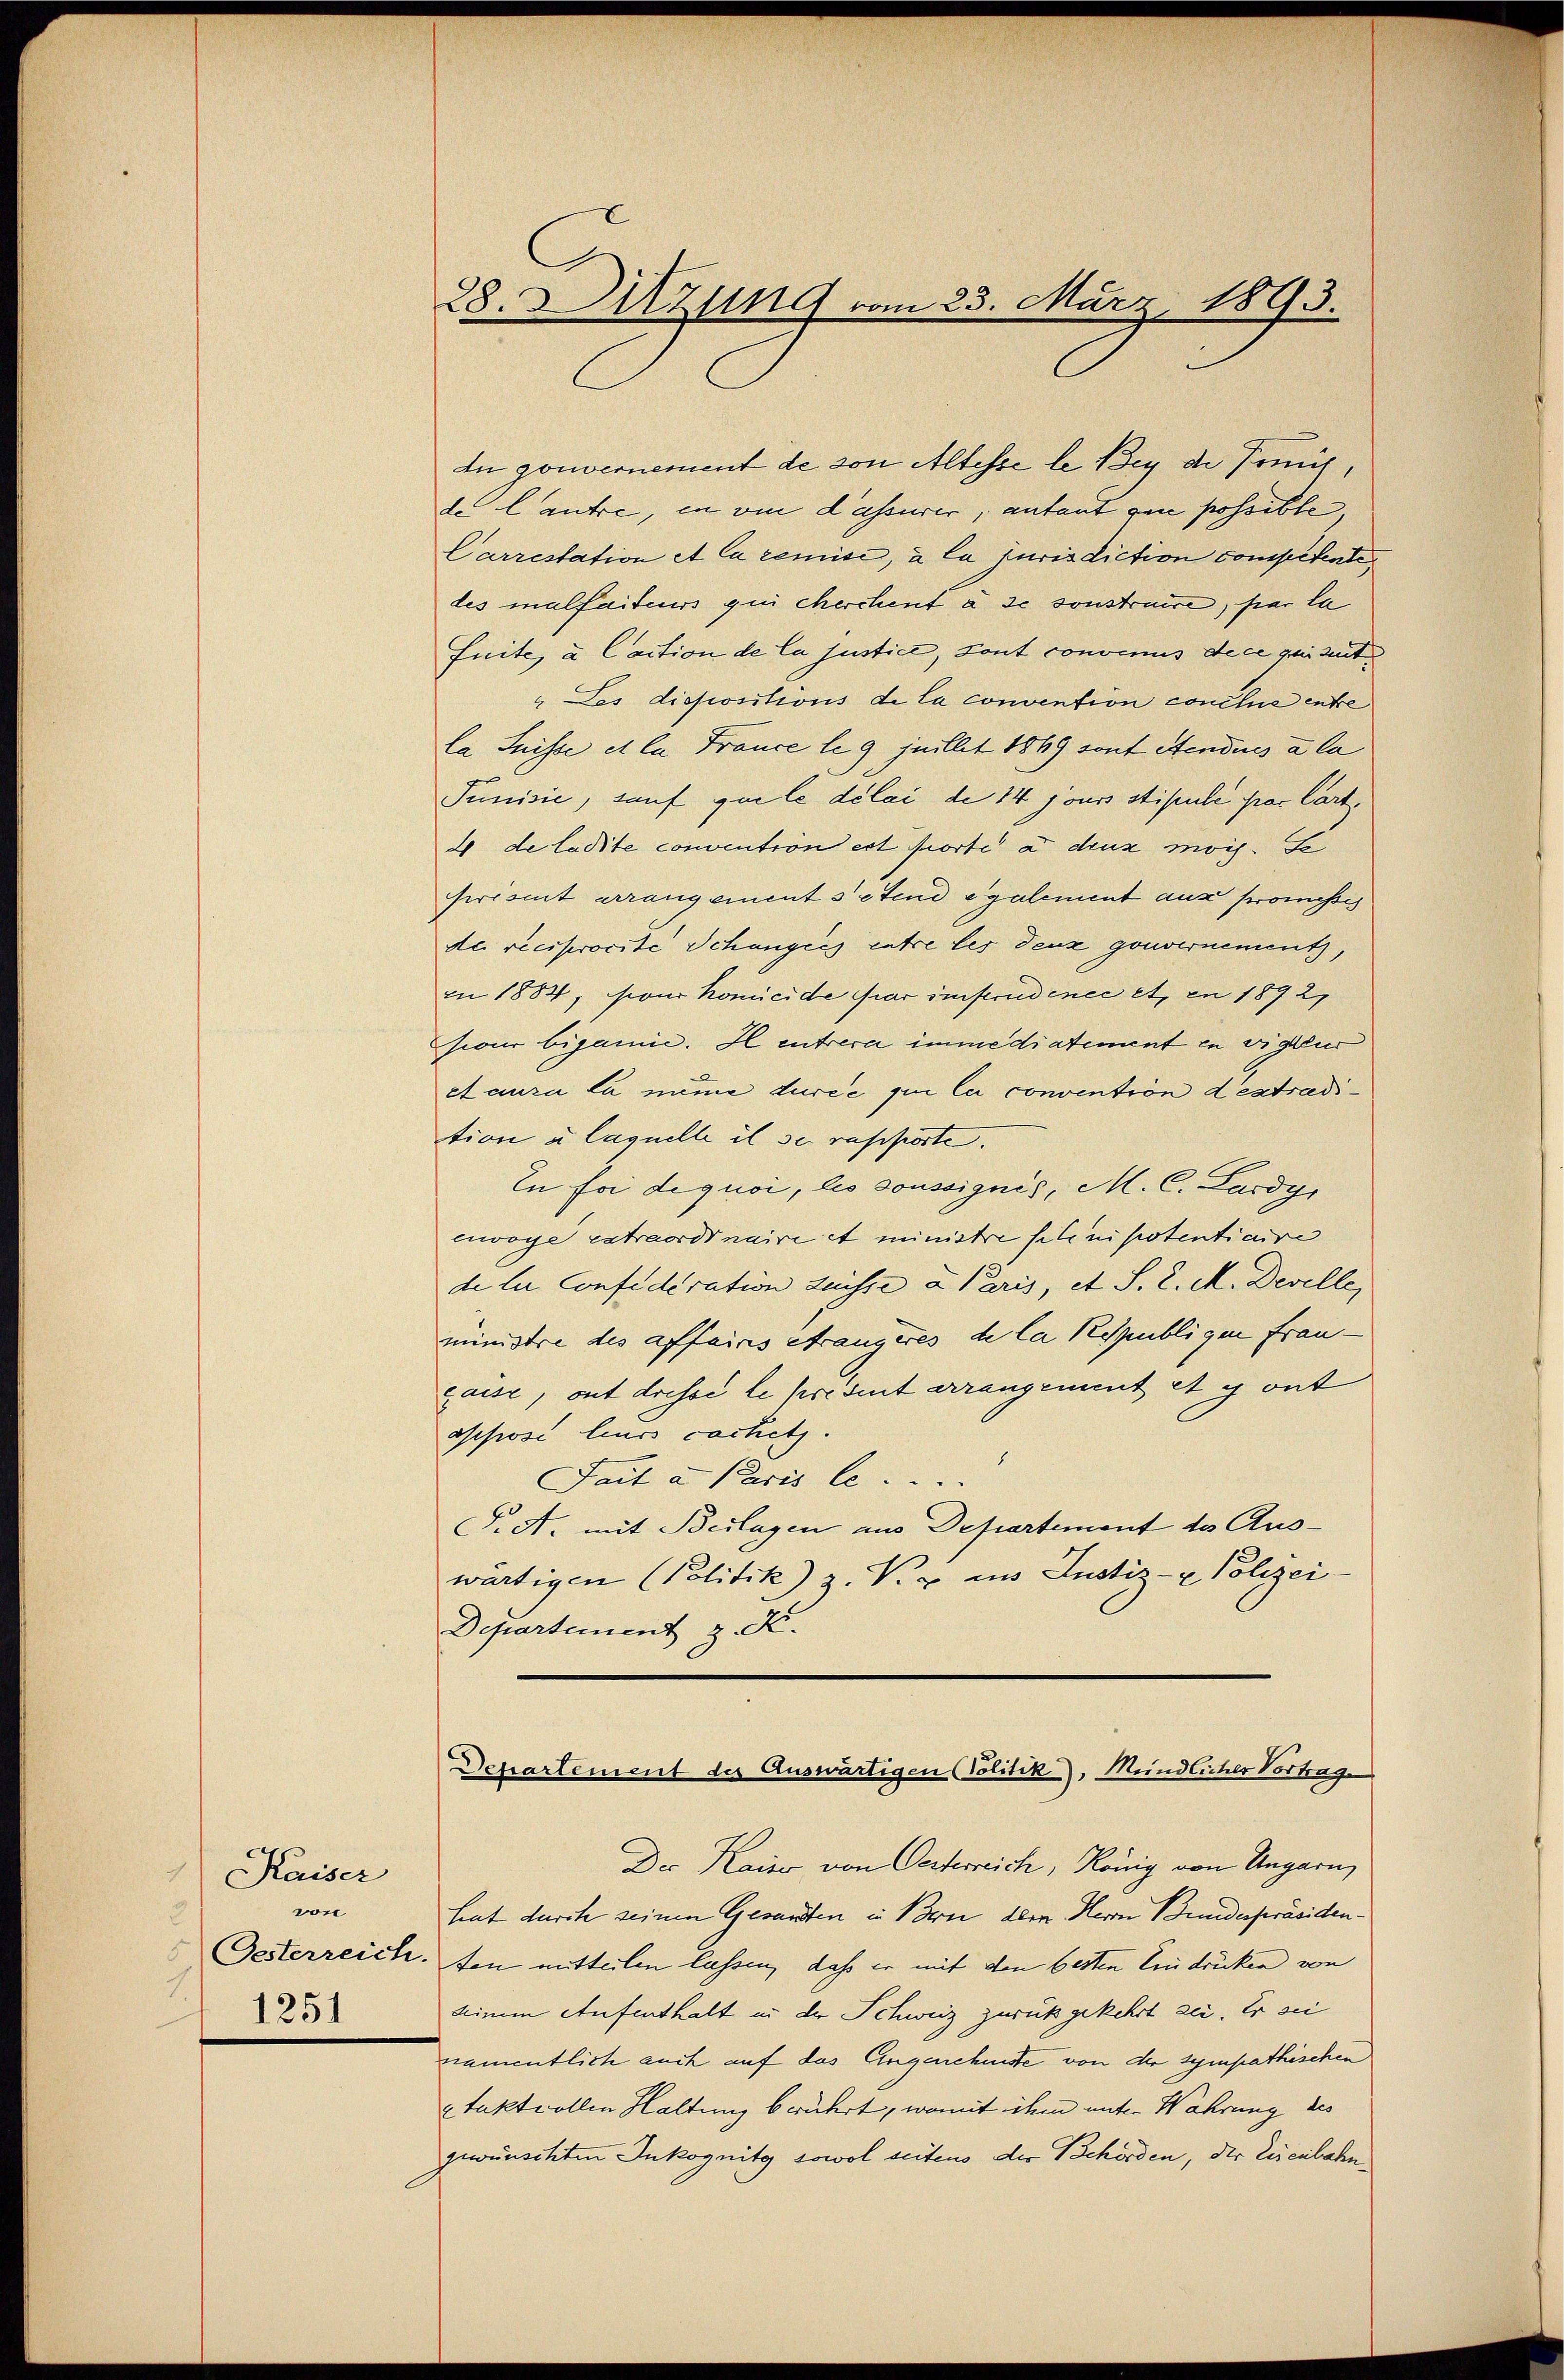
.
Kaiser
von
1
1251

In gouvernement de von Altesse le Bey der Freih
de lautre, in von d’assurer, antant que possible,
Carrestation et la remise, à la jurisdiction competente
les malfaiteurs qui Merchent à se sonstruire, par la
Suite, a Caction de la justice, sont convenus de ce quisit
" Les dispositions de la convention conclue entre
la Suisse et la France le 9 juillet 1869 sont étendues à la
Junisie, sauf quele délai de 14 jours stipule par Cart
x de laite convention est porte à deux mog. Se
prisint arrangement setend egalement aus promisses
de reciprocite Schanges entre les denz gouvernement,
in 1884, son komicide par instrudence et en 1892
siour bisanne. Il entrera immediatement in vigeur
ctaura la nume durée qui le convention destradition à laquelle il se rapporte.
In foi dequoi, les soussignis, M. C. Lardy,
eiwoye extraordinaire et ministre schinipotentiaire
de le Confederation heisse a Paris, et S. R. M. Derelle,
ministre des affaires Strangeres de la Républigen frau
gasse, out dressi le présent arrangement et y ont
apposi leurs cachetz.
Fact a Paris le
T. A. mit Beilagen aus Departement des Auswärtigen Politik) z. B. ins Justiz- & Polizei
Departement z. K.

28. Sitzung vom 23. März 1893.

Departement des Auswärtigen (Volitik), Mündlicher Vortrag

Der Kaiser von Oesterreich, König von Ungarn,
hat durch seinen Gesandten in Bern dem Herrn Bundespräsiden.
Gesterreich. den mitteilen lassen, daß er mit den besten Eindrücken von
deinem Aufenthalt in der Schweiz zurückgekehrt sei. Er sei
namentlich auch auf das Augenehmste von der sympathischen
xtaktvollen Haltung berührt, womit ihm unter Wahrung des
gewünschten Inkognitz sowol seitens der Behörden, der Eisenbahn